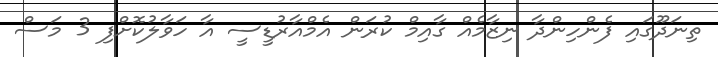
ތިނަދޫގައި ފެންހިންދާ ނިޒާމެއް ގާއިމް ކުރަން އެމްއާރުޑީސީ އާ ހަވާލުކޮށްފި 3 މަސް